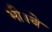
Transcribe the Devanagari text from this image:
भी।वे